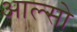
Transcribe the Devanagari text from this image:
आल्सो